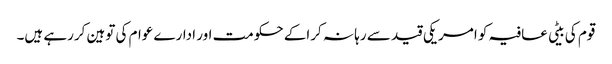
قوم کی بیٹی عافیہ کو امریکی قید سے رہا نہ کراکے حکومت اور ادارے عوام کی توہین کررہے ہیں۔